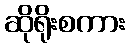
ဆိုရိုးစကား